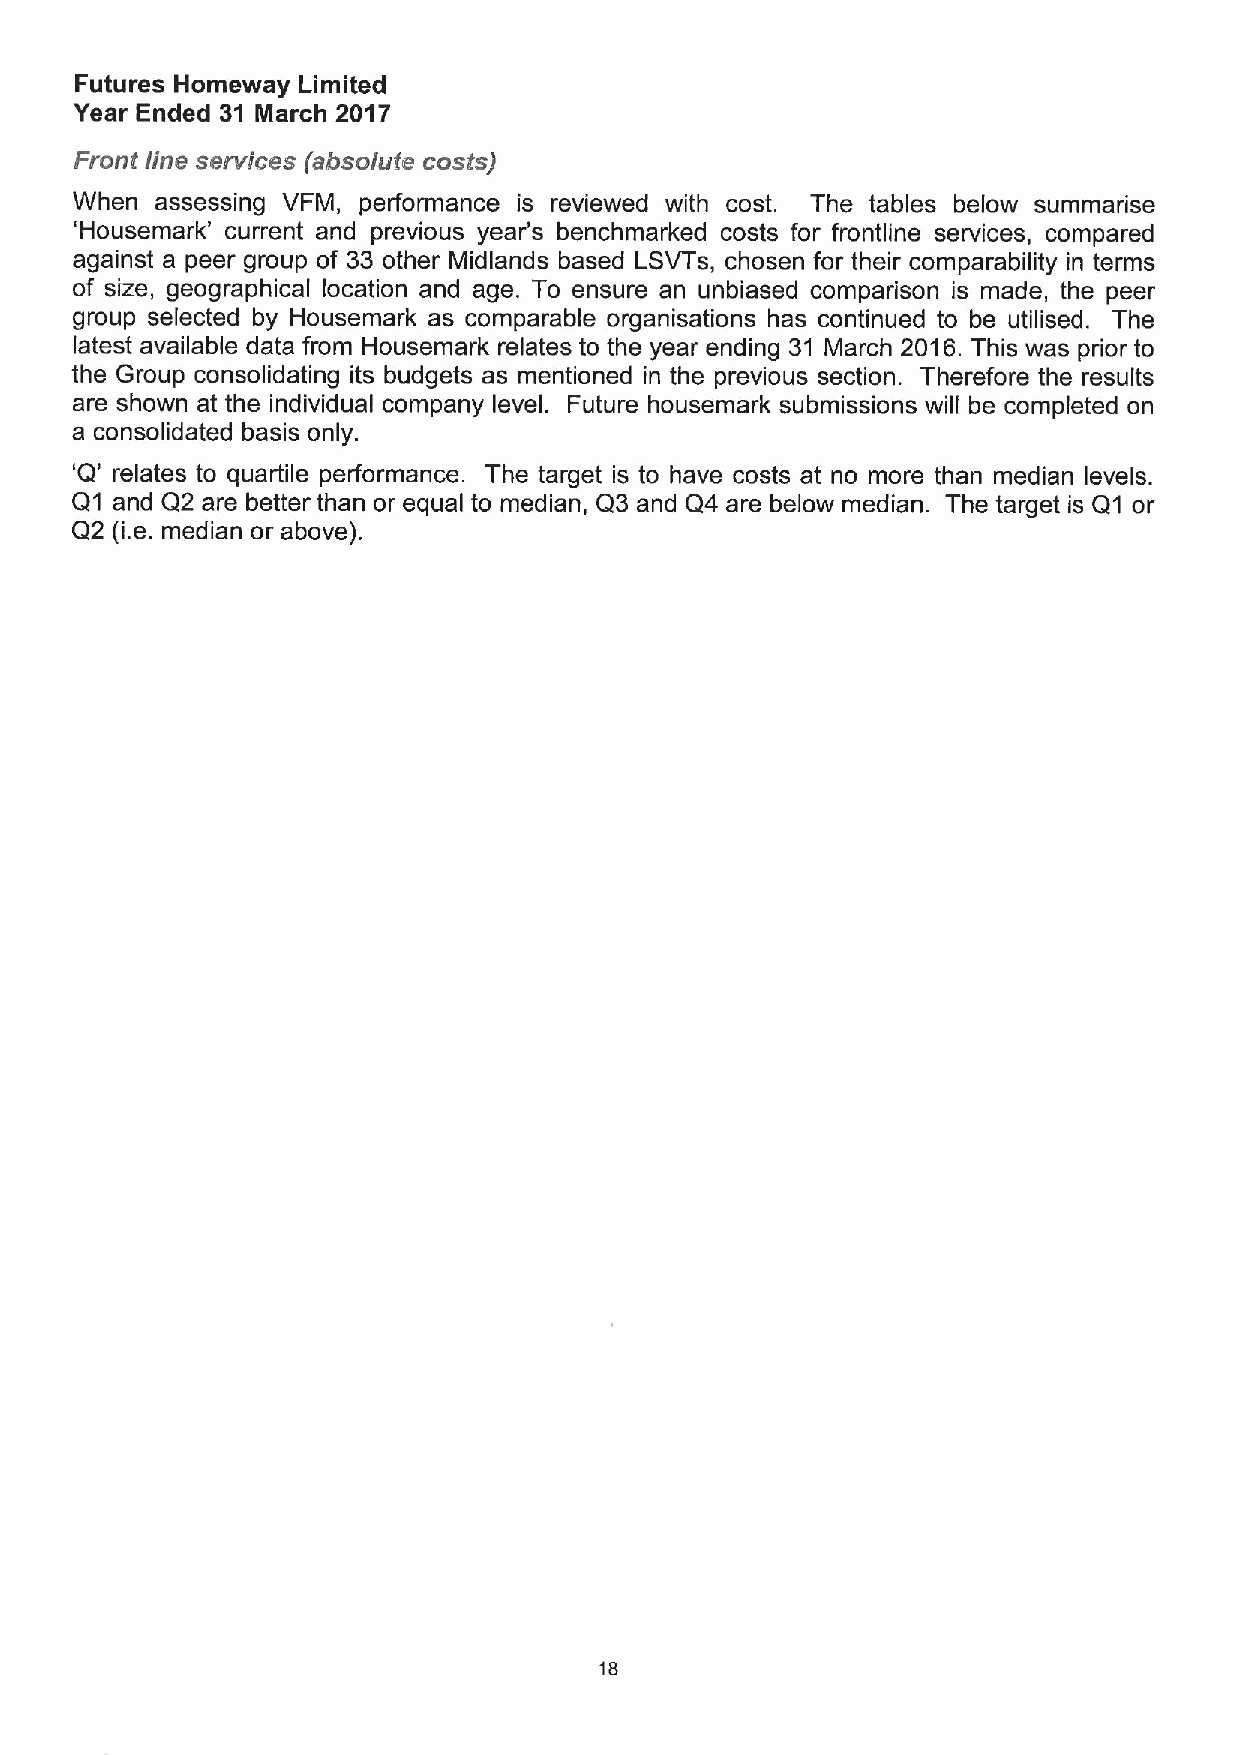
Futures Homeway Limited
 Year Ended 31 March 2017
 Fronf line services (absolute cosfs)
 When assessing VFM, performance is reviewed with cost. The tables below summarise
 'Housemark' current and previous year's benchmarked costs for frontline services, compared
 against a peer group of 33 other Midlands based LSVTs, chosen for their comparability in terms
 of size, geographical location and age. To ensure an unbiased comparison is made, the peer
 group selected by Housemark as comparable organisations has continued to be utilised. The
 latest available data from Housemark relates to the year ending 31 March 2016.This was prior to
 the Group consolidating its budgets as mentioned in the previous section. Therefore the results
 are shown at the individual company level. Future housemark submissions will be completed on
 a consolidated basis only.
 'Q'
 relates to quartile performance. The target is to have costs at no more than median levels.
 Q1 and Q2 are better than or equal to median, Q3 and Q4 are below median. The target is Q1 or
 Q2 (i.e. median or above).